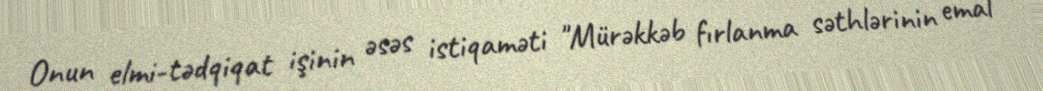
Onun elmi-tədqiqat işinin əsəs istiqaməti "Mürəkkəb fırlanma səthlərinin emal